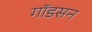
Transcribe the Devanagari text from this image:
गॉडसन